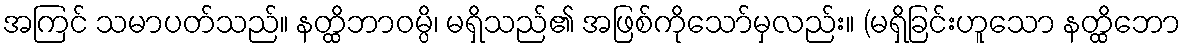
အကြင် သမာပတ်သည်။ နတ္ထိဘာဝမ္ပိ၊ မရှိသည်၏ အဖြစ်ကိုသော်မှလည်း။ (မရှိခြင်းဟူသော နတ္ထိဘော